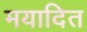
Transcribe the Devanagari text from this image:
मयादित